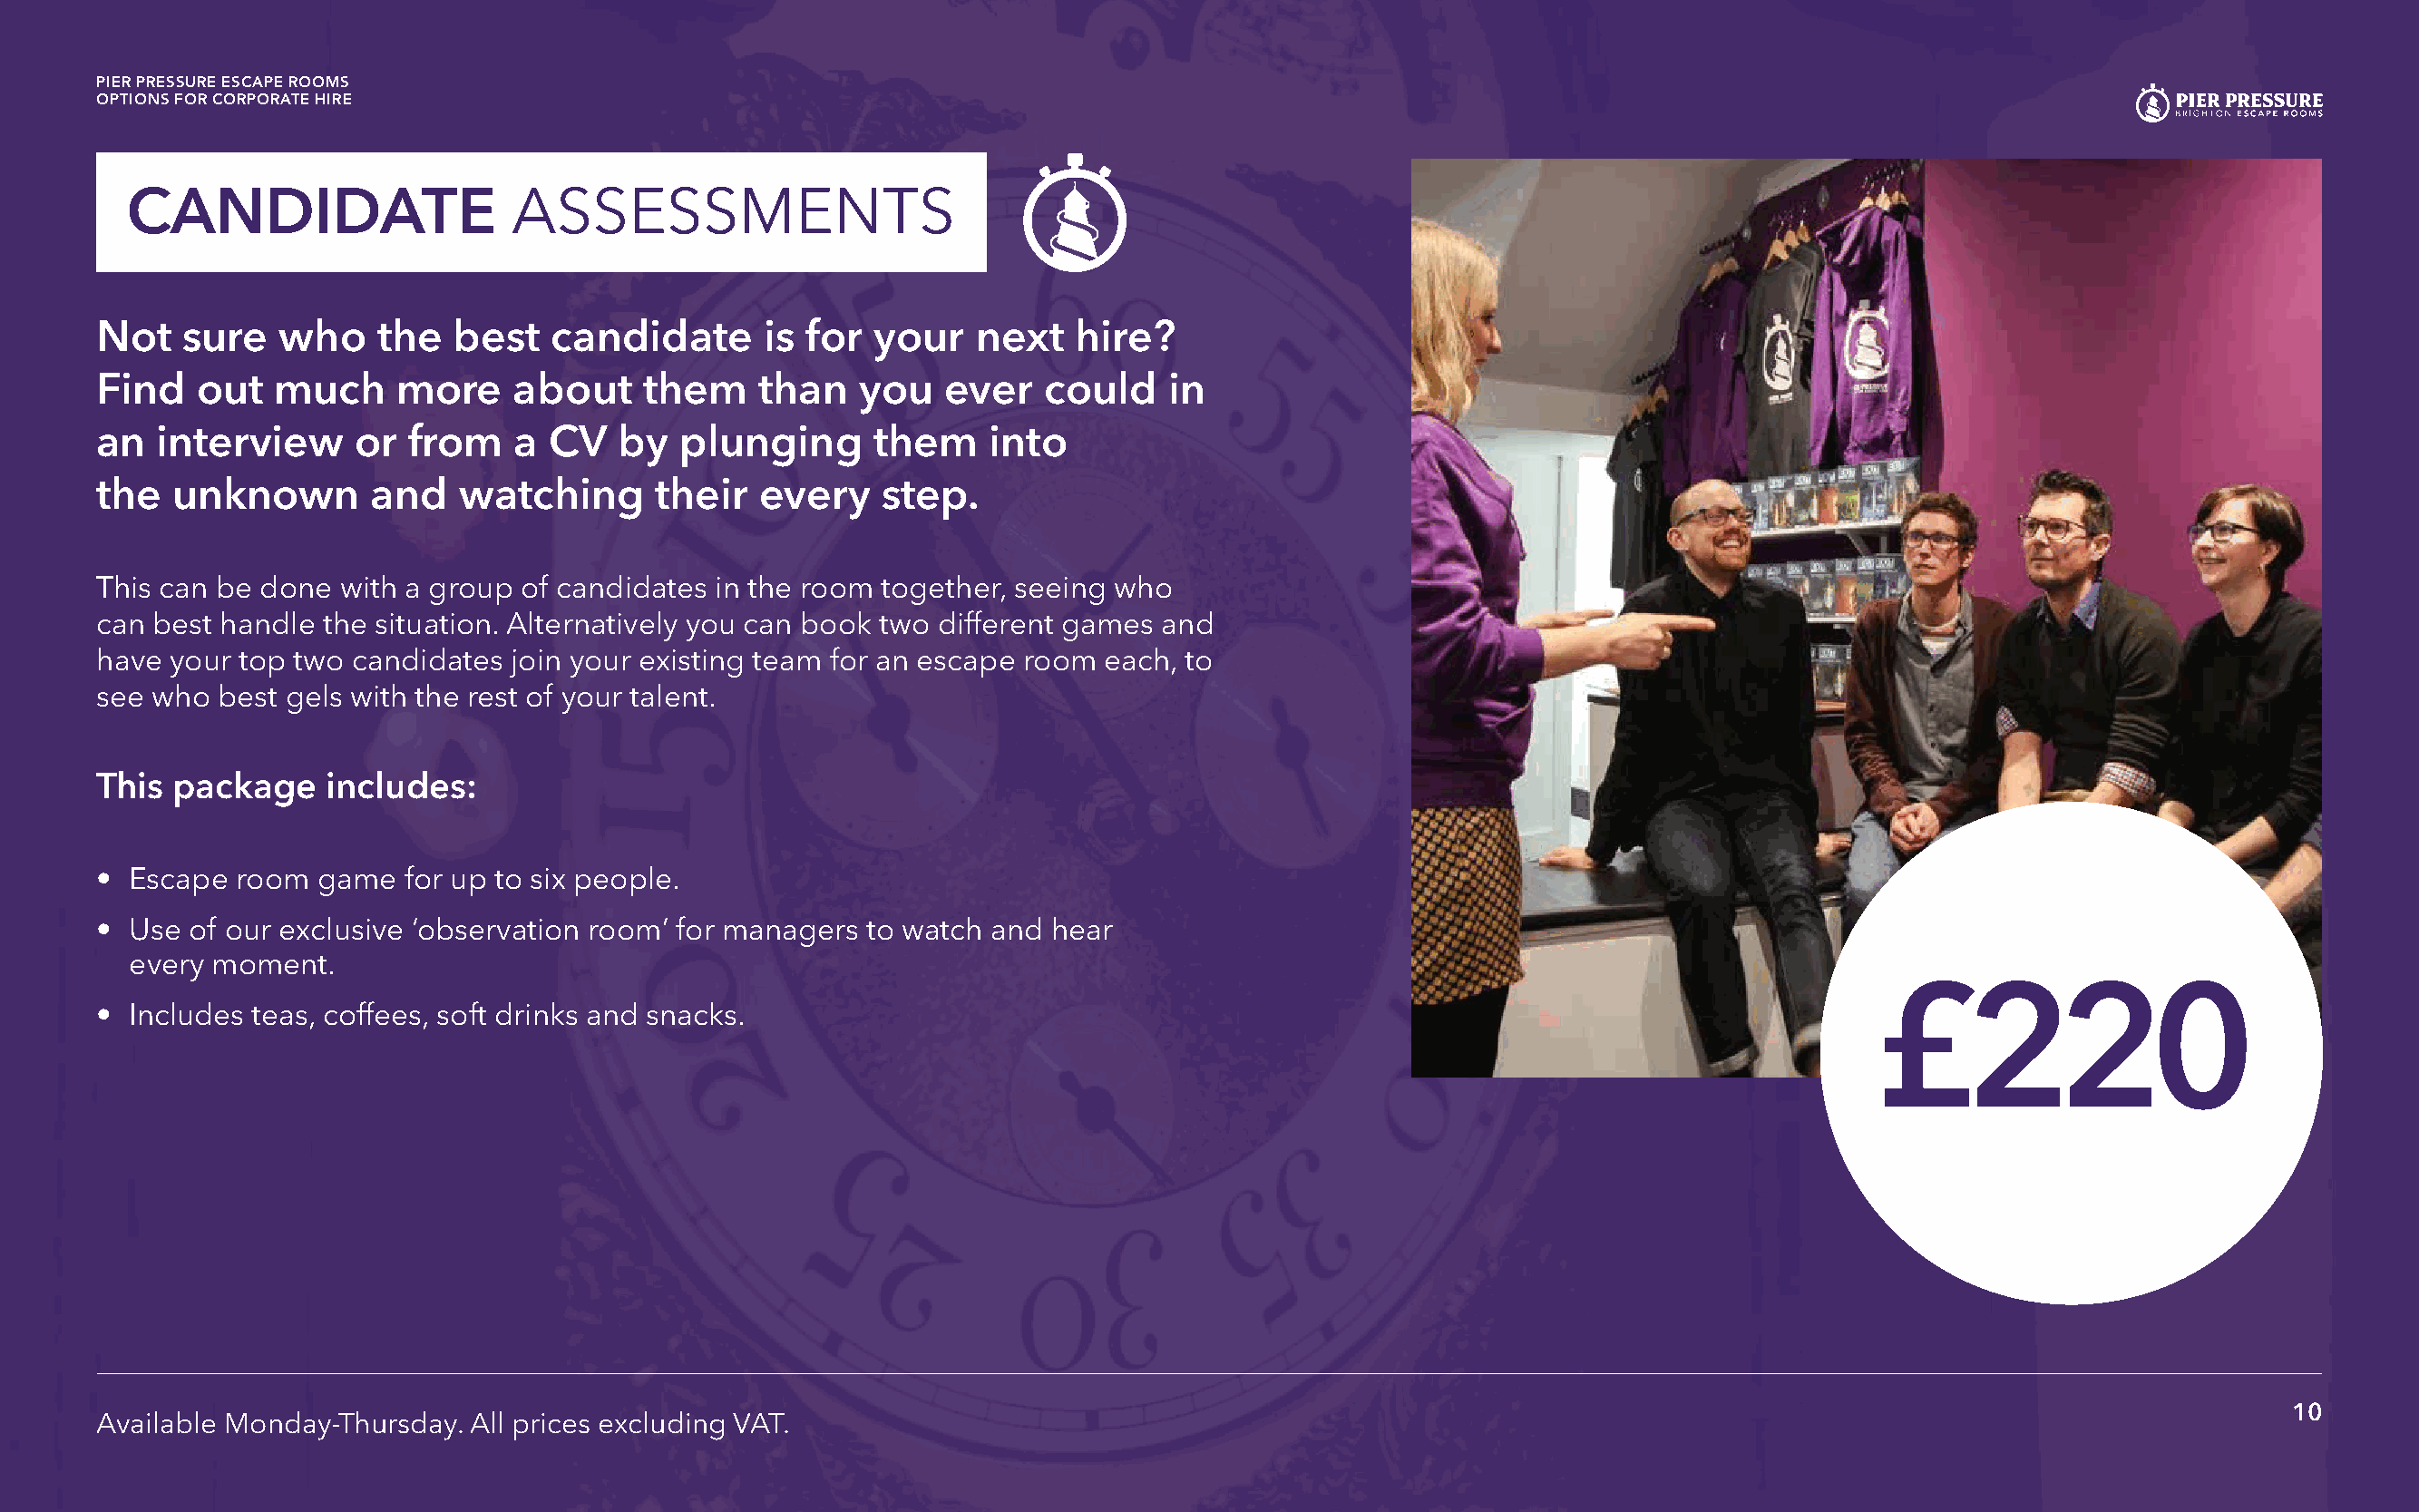
PIER PRESSURE ESCAPE ROOMS
 OPTIONS FOR CORPORATE HIRE
 CANDIDATE                   ASSESSMENTS
 Not   sure   who     the  best   candidate       is for  your   next   hire?
 Find   out   much     more    about     them    than    you   ever   could    in
 an  interview      or  from    a CV   by   plunging      them    into
 the   unknown       and    watching      their  every    step.
 This can be done  with a group of candidates in the room together, seeing who
 can best handle  the situation. Alternatively you can book two different games and
 have your top two  candidates join your existing team for an escape room  each, to
 see who  best gels with the rest of your talent.
 This  package    includes:
 • Escape  room  game   for up to six people.
 • Use  of our exclusive ‘observation room’ for managers to watch and  hear
 every moment.
 £220
 • Includes teas, coffees, soft drinks and snacks.
 10
 Available Monday-Thursday. All prices excluding VAT.